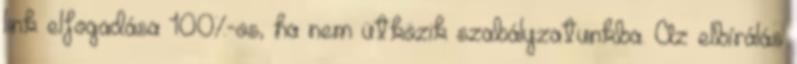
link elfogadása 100%-os, ha nem ütközik szabályzatunkba. Az elbírálás